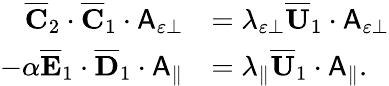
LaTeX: \begin{array}{rl}{\overline{{\mathbf{C}}}_{2}\cdot\overline{{\mathbf{C}}}_{1}\cdot\mathsf{A}_{\varepsilon\perp}}&{=\lambda_{\varepsilon\perp}\overline{{\mathbf{U}}}_{1}\cdot\mathsf{A}_{\varepsilon\perp}}\\ {-\alpha\overline{{\mathbf{E}}}_{1}\cdot\overline{{\mathbf{D}}}_{1}\cdot\mathsf{A}_{\parallel}}&{=\lambda_{\parallel}\overline{{\mathbf{U}}}_{1}\cdot\mathsf{A}_{\parallel}.}\end{array}